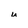
Character: u